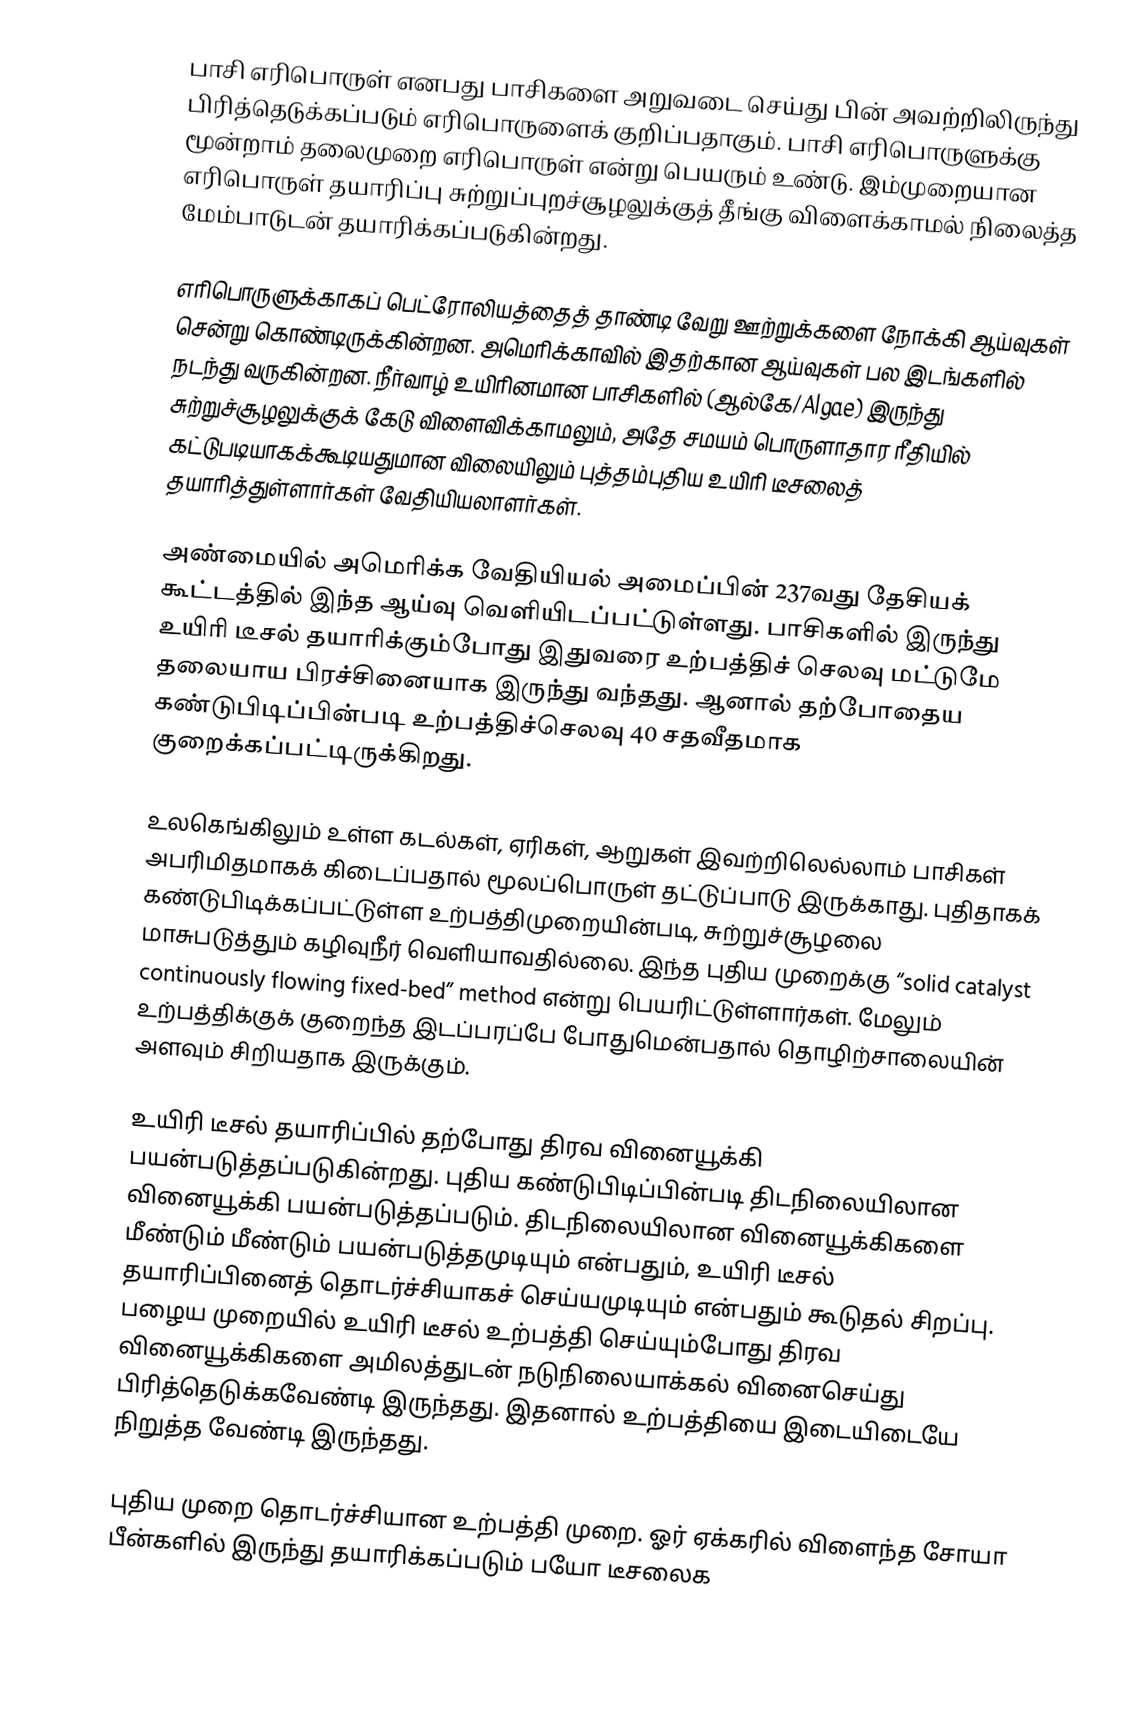
பாசி எரிபொருள் எனபது பாசிகளை அறுவடை செய்து பின் அவற்றிலிருந்து பிரித்தெடுக்கப்படும் எரிபொருளைக் குறிப்பதாகும். பாசி எரிபொருளுக்கு மூன்றாம் தலைமுறை எரிபொருள் என்று பெயரும் உண்டு. இம்முறையான எரிபொருள் தயாரிப்பு சுற்றுப்புறச்சூழலுக்குத் தீங்கு விளைக்காமல் நிலைத்த மேம்பாடுடன் தயாரிக்கப்படுகின்றது.

எரிபொருளுக்காகப் பெட்ரோலியத்தைத் தாண்டி வேறு ஊற்றுக்களை நோக்கி ஆய்வுகள் சென்று கொண்டிருக்கின்றன. அமெரிக்காவில் இதற்கான ஆய்வுகள் பல இடங்களில் நடந்து வருகின்றன. நீர்வாழ் உயிரினமான பாசிகளில் (ஆல்கே/Algae) இருந்து சுற்றுச்சூழலுக்குக் கேடு விளைவிக்காமலும், அதே சமயம் பொருளாதார ரீதியில் கட்டுபடியாகக்கூடியதுமான விலையிலும் புத்தம்புதிய உயிரி டீசலைத் தயாரித்துள்ளார்கள் வேதியியலாளர்கள்.

அண்மையில் அமெரிக்க வேதியியல் அமைப்பின் 237வது தேசியக் கூட்டத்தில் இந்த ஆய்வு வெளியிடப்பட்டுள்ளது. பாசிகளில் இருந்து உயிரி டீசல் தயாரிக்கும்போது இதுவரை உற்பத்திச் செலவு மட்டுமே தலையாய பிரச்சினையாக இருந்து வந்தது. ஆனால் தற்போதைய கண்டுபிடிப்பின்படி உற்பத்திச்செலவு 40 சதவீதமாக குறைக்கப்பட்டிருக்கிறது.

உலகெங்கிலும் உள்ள கடல்கள், ஏரிகள், ஆறுகள் இவற்றிலெல்லாம் பாசிகள் அபரிமிதமாகக் கிடைப்பதால் மூலப்பொருள் தட்டுப்பாடு இருக்காது. புதிதாகக் கண்டுபிடிக்கப்பட்டுள்ள உற்பத்திமுறையின்படி, சுற்றுச்சூழலை மாசுபடுத்தும் கழிவுநீர் வெளியாவதில்லை. இந்த புதிய முறைக்கு “solid catalyst continuously flowing fixed-bed” method என்று பெயரிட்டுள்ளார்கள். மேலும் உற்பத்திக்குக் குறைந்த இடப்பரப்பே போதுமென்பதால் தொழிற்சாலையின் அளவும் சிறியதாக இருக்கும்.

உயிரி டீசல் தயாரிப்பில் தற்போது திரவ வினையூக்கி பயன்படுத்தப்படுகின்றது. புதிய கண்டுபிடிப்பின்படி திடநிலையிலான வினையூக்கி பயன்படுத்தப்படும். திடநிலையிலான வினையூக்கிகளை மீண்டும் மீண்டும் பயன்படுத்தமுடியும் என்பதும், உயிரி டீசல் தயாரிப்பினைத் தொடர்ச்சியாகச் செய்யமுடியும் என்பதும் கூடுதல் சிறப்பு. பழைய முறையில் உயிரி டீசல் உற்பத்தி செய்யும்போது திரவ வினையூக்கிகளை அமிலத்துடன் நடுநிலையாக்கல் வினைசெய்து பிரித்தெடுக்கவேண்டி இருந்தது. இதனால் உற்பத்தியை இடையிடையே நிறுத்த வேண்டி இருந்தது.

புதிய முறை தொடர்ச்சியான உற்பத்தி முறை. ஓர் ஏக்கரில் விளைந்த சோயா பீன்களில் இருந்து தயாரிக்கப்படும் பயோ டீசலைக